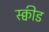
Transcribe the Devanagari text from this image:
स्क्वीड